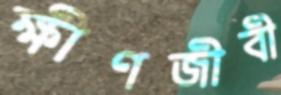
ক্ষীণজীবী